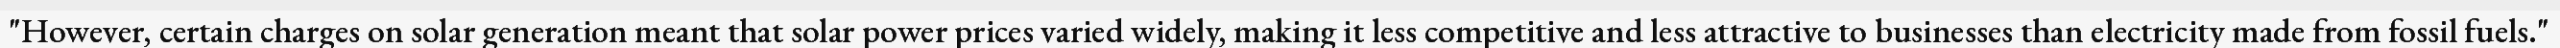
"However, certain charges on solar generation meant that solar power prices varied widely, making it less competitive and less attractive to businesses than electricity made from fossil fuels."